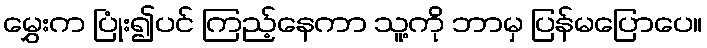
မွှေးက ပြုံး၍ပင် ကြည့်နေကာ သူ့ကို ဘာမှ ပြန်မပြောပေ။